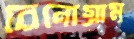
রেনোগ্রাম